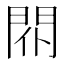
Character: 𨳢